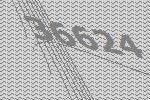
36624